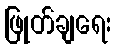
ဖြုတ်ချရေး